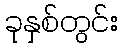
ခုနှစ်တွင်း